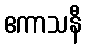
ဧကာသနီ